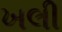
ખલી